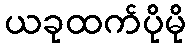
ယခုထက်ပိုမို